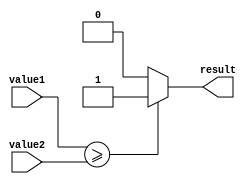
module greater_than_equal_comparator(
    input wire [31:0] value1,
    input wire [31:0] value2,
    output reg result
);
  
always @(value1 or value2)
    begin
    if (value1 >= value2)
        result = 1;
    else
        result = 0;
    end
  
endmodule